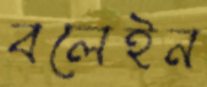
বলেইন